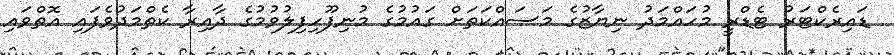
ޑައިރެކްޓަރު ޓެޑްރީ މުހައްމަދު ނިޔާޒުގެ މަސައްކަތަށް ގައުމުގެ މުނިފޫހިފިލުވުމުގެ ދާއިރާ ކެތްމަދުވެފައި އޮތްވައި